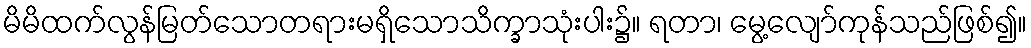
မိမိထက်လွန်မြတ်သောတရားမရှိသောသိက္ခာသုံးပါး၌။ ရတာ၊ မွေ့လျော်ကုန်သည်ဖြစ်၍။